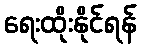
ရေးထိုးနိုင်ရန်